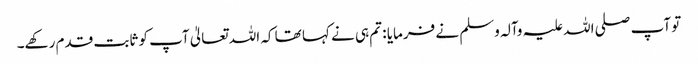
تو آپ صلی اللہ علیہ وآلہ وسلم نے فرمایا : تم ہی نے کہا تھا کہ اللہ تعالیٰ آپ کو ثابت قدم رکھے۔